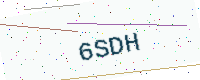
Text: 6SDH